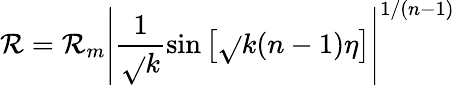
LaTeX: \mathcal{R}=\mathcal{R}_{m}\left|\frac{1}{{\sqrt{}{{k}}}}\sin\left[\sqrt{}{{k}}(n-1)\eta\right]\right|^{1/(n-1)}